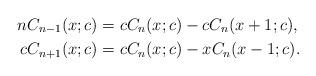
LaTeX: \begin{align*} nC_{n-1}(x;c) &= cC_n(x;c) - c C_{n}(x+1;c), \\cC_{n+1}(x;c) &=c C_n(x;c)- x C_{n}(x-1;c).\end{align*}